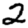
Digit: 2